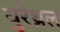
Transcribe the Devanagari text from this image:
युरेथ्रल